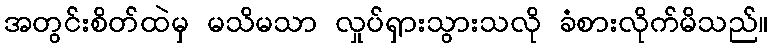
အတွင်းစိတ်ထဲမှ မသိမသာ လှုပ်ရှားသွားသလို ခံစားလိုက်မိသည်။